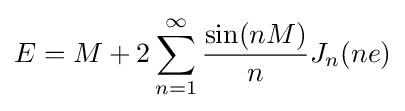
E=M+2\sum _{n=1}^{\infty }{\frac {\sin(nM)}{n}}J_{n}(ne)